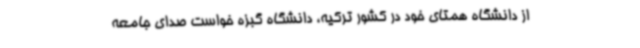
از دانشگاه همتای خود در کشور ترکیه، دانشگاه گبزه خواست صدای جامعه